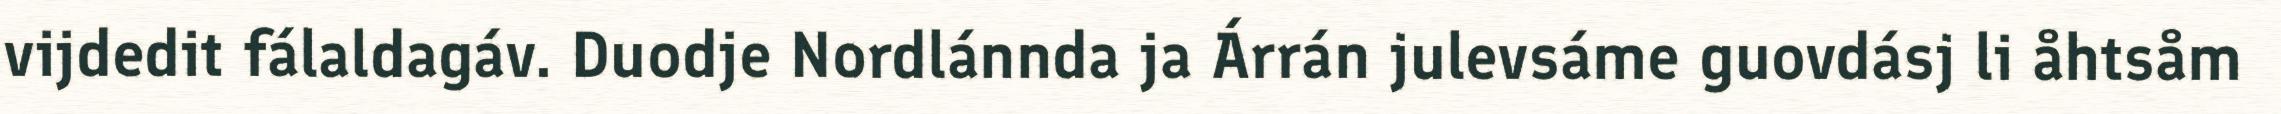
vijdedit fálaldagáv. Duodje Nordlánnda ja Árrán julevsáme guovdásj li åhtsåm